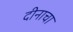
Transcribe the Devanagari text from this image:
दीनाचा